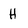
Character: H